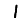
Digit: 1